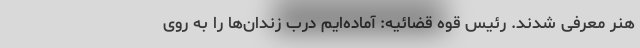
هنر معرفی شدند. رئیس قوه قضائیه: آماده‌ایم درب زندان‌ها را به روی